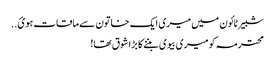
شبیر ٹائون میں میری ایک خاتون سے ماقات ہوئ..
محترمہ کو میری بیوی بننے کا بڑا شوق تھا!